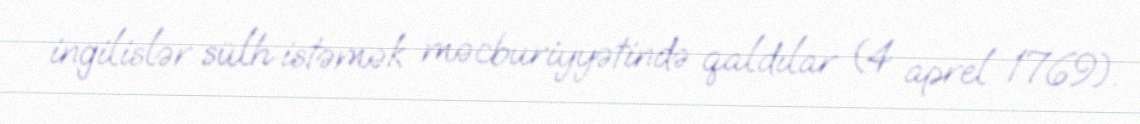
ingilislər sülh istəmək məcburiyyətində qaldılar (4 aprel 1769).